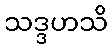
သဒ္ဒဟသိ